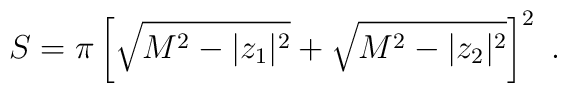
S =  \pi \left[ \sqrt{M^2 - |z_1|^2 } +  \sqrt{ M^2 - |z_2|^2}\right]^2 ~.